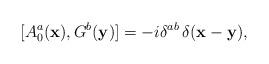
LaTeX: \begin{align*}[A_{0}^{a}({\bf x}),G^{b}({\bf y})] = -i\delta^{ab}\,\delta({\bf x}-{\bf y}),\end{align*}